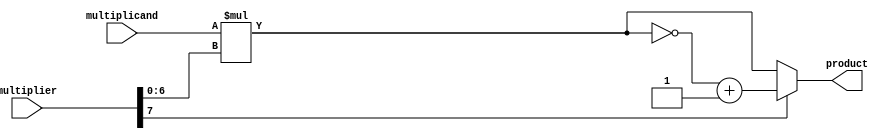
`timescale 1ns / 1ps
//////////////////////////////////////////////////////////////////////////////////
// Company: 
// Engineer: 
// 
// Design Name: 
// Module Name:    nBitGenericMultiplier 
// Project Name: 
// Target Devices: 
// Tool versions: 
// Description: 
//
// Dependencies: 
//
// Revision: 
// Revision 0.01 - File Created
// Additional Comments: 
//
//////////////////////////////////////////////////////////////////////////////////

(* USE_DSP48="NO" *)module GenericMultiplier(multiplicand,multiplier,product);
parameter bitwidthA=8;
parameter bitwidthB=8;

parameter signedVectorInputs = 1;

	//2 - both are signed
	//1 - multiplier is signed
	//0 - unsigned

localparam multWidth = bitwidthA+bitwidthB;
input[bitwidthA-1:0] multiplicand;
input[bitwidthB-1:0] multiplier;
output [multWidth-signedVectorInputs-1:0] product;

/*
input clk;
reg [multWidth-1:0] product1;
reg [multWidth-1:0] product2;

// MUlitplier With two pipeline stages
always @(posedge clk)
begin
		product1 <= multiplicand * multiplier;
		product2 <= product1; 
		product <= product2;
end
*/

generate

if(signedVectorInputs == 2)begin

	xor(sign,multiplicand[bitwidthA-1],multiplier[bitwidthB-1]);
	wire[multWidth-3:0] productMult;
	
	assign productMult = multiplicand[bitwidthA-2:0]*multiplier[bitwidthB-2:0];

	assign product = (sign) ? ~(productMult)+1 : productMult;	
	
end

if(signedVectorInputs == 1)begin

	wire[multWidth-2:0] productMult;
	wire[bitwidthB-2:0] multiplierPosNum;
	assign multiplierPosNum=(multiplier[bitwidthB-2:0]);
	assign productMult = multiplicand*multiplierPosNum;

	assign product = (multiplier[bitwidthB-1]) ? ~(productMult)+1 : productMult;	
	
end

if(signedVectorInputs == 0)begin
	
	assign product = multiplicand*multiplier;	
	
end

	

endgenerate

endmodule